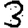
Digit: 3